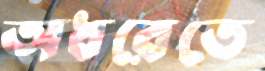
অধরেতে